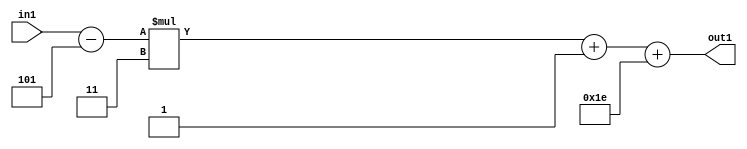
`timescale 1ps / 1ps
/*****************************************************************************
    Verilog RTL Description
    
    
    Created by: Stratus DpOpt 21.05.01 
*******************************************************************************/

module SobelFilter_Add2i30Add2i1Mul2i3Subi5s6_1 (
	in1,
	out1
	); /* architecture "behavioural" */ 
input [5:0] in1;
output [5:0] out1;
wire [5:0] asc001,
	asc003,
	asc004;

assign asc004 = 
	+(in1)
	-(6'B000101);

wire [5:0] asc003_tmp_0;
assign asc003_tmp_0 = 
	+(asc004 * 6'B000011);
assign asc003 = asc003_tmp_0
	+(6'B000001);

assign asc001 = 
	+(asc003)
	+(6'B011110);

assign out1 = asc001;
endmodule

/* CADENCE  uLn0QwA= : u9/ySxbfrwZIxEzHVQQV8Q== ** DO NOT EDIT THIS LINE ******/